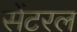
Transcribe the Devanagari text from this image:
सेंटरल